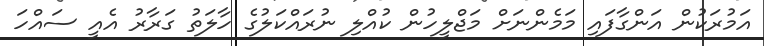
އަމުރަކުން އަންގާފައި މަމެންނަށް މަޖްލީހުން ކުއްލި ނުރަައްކަލުގެ ހާލަތު ގަރާރު އެއީ ސައްހަ